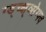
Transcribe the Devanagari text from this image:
ग्ड्च्क्ष्व्सेग्फ्व